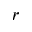
_ r